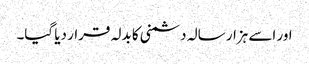
اور اسے ہزار سالہ دشمنی کا بدلہ قرار دیا گیا۔